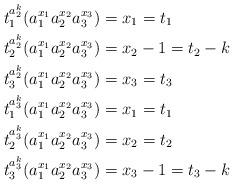
LaTeX: \begin{align*} t_1^{a_2^k}(a_1^{x_1}a_2^{x_2}a_3^{x_3})&=x_1=t_1\\ t_2^{a_2^k}(a_1^{x_1}a_2^{x_2}a_3^{x_3})&=x_2-1=t_2-k \\ t_3^{a_2^k}(a_1^{x_1}a_2^{x_2}a_3^{x_3})&=x_3=t_3 \\ t_1^{a_3^k}(a_1^{x_1}a_2^{x_2}a_3^{x_3})&=x_1=t_1\\ t_2^{a_3^k}(a_1^{x_1}a_2^{x_2}a_3^{x_3})&=x_2=t_2\\ t_3^{a_3^k}(a_1^{x_1}a_2^{x_2}a_3^{x_3})&=x_3-1=t_3-k \end{align*}